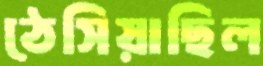
ঠেসিয়াছিল